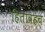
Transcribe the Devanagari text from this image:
हितावहच